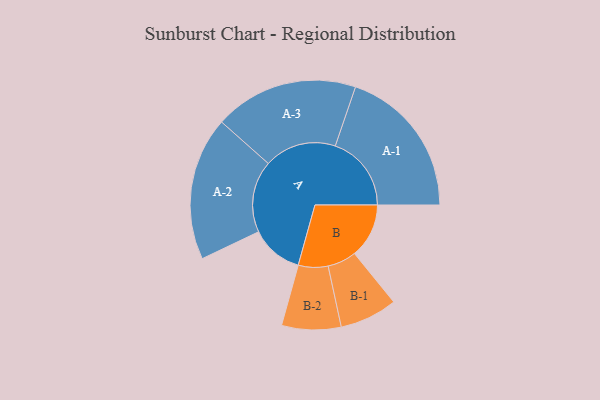
{"axis": {"x": "Segment", "y": "Value"}, "legend": ["", "A", "B"], "data": [{"x": "A", "y": 182, "type": ""}, {"x": "B", "y": 189, "type": ""}, {"x": "A-1", "y": 264, "type": "A"}, {"x": "A-2", "y": 249, "type": "A"}, {"x": "A-3", "y": 250, "type": "A"}, {"x": "B-1", "y": 100, "type": "B"}, {"x": "B-2", "y": 103, "type": "B"}]}